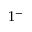
1 ^ { - }